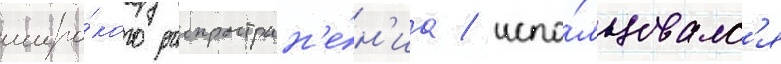
широ́кого распростран'е́н'иа / испо́льзовалс'я